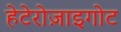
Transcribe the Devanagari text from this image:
हेटेरोज़ाइगोट